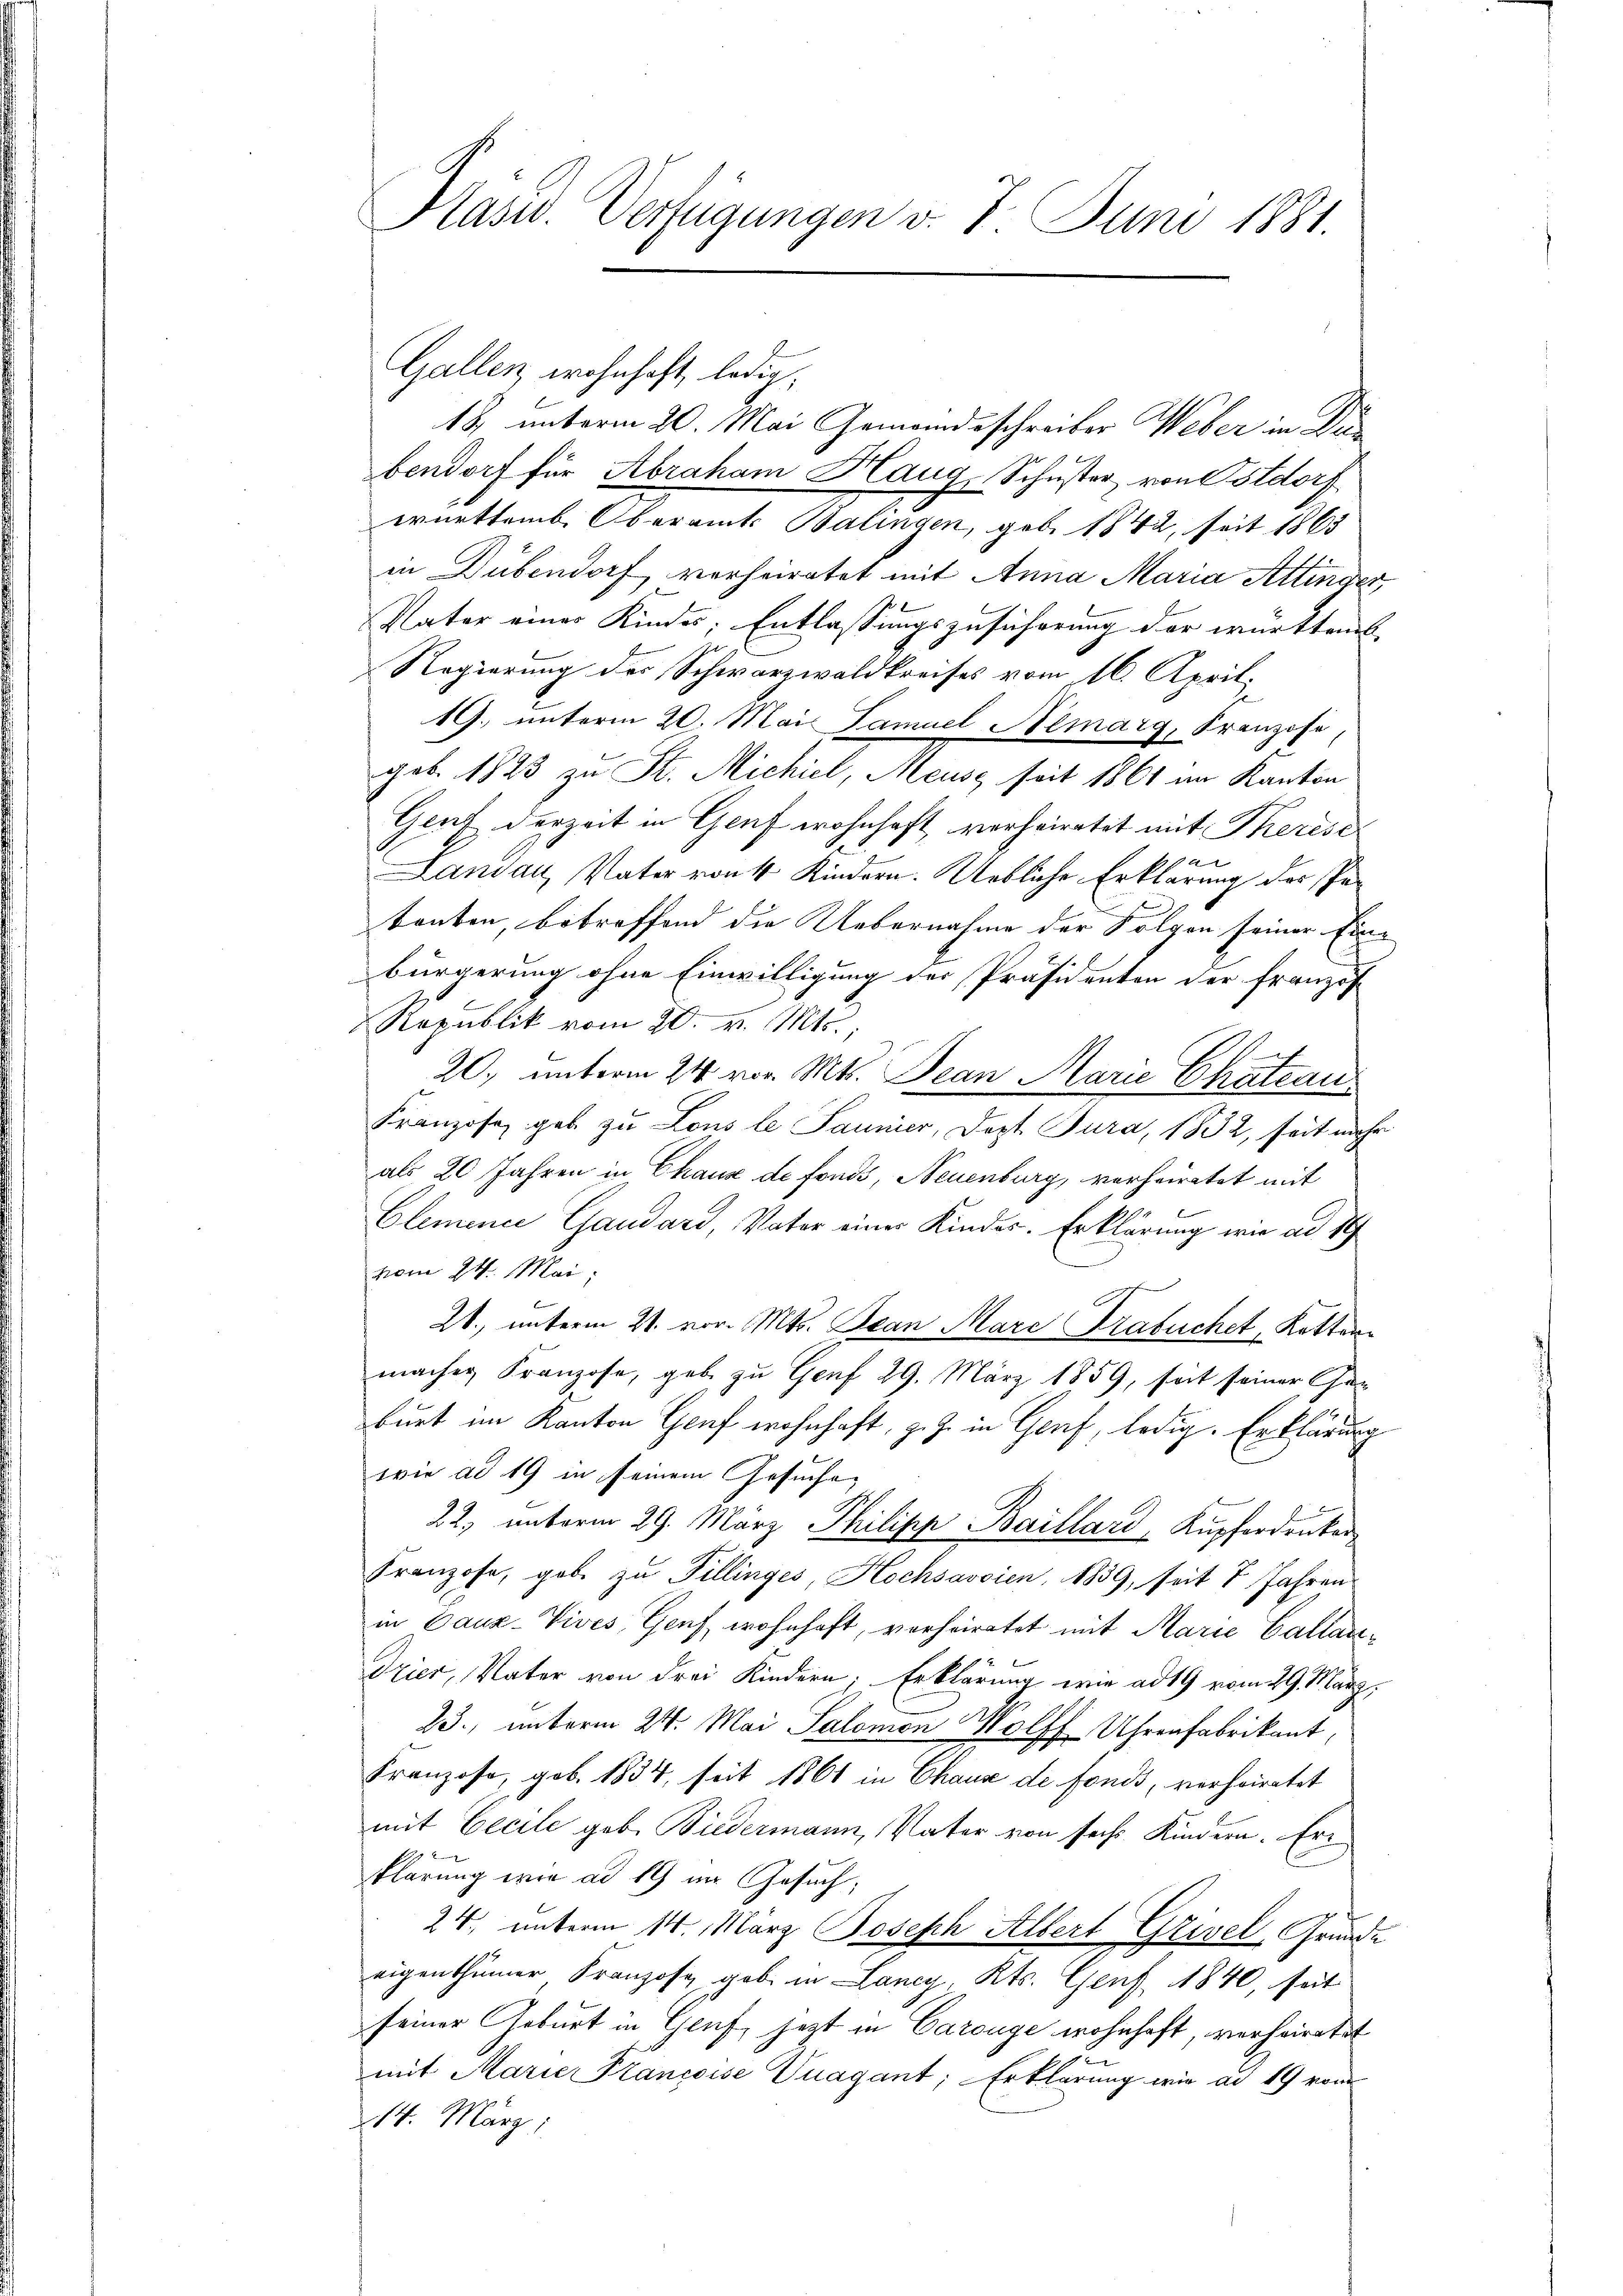
Gallen, wohnhaft, ledig,
18, unterm 20. Mai Gemeindeschreiber Weber in Dibendorf für Abraham Haug, Schuster von Ostdorf
württemb. Oberamt Balingen, geb. 1842, seit 1863
in Dübendorf verheiratet mit Anna Maria Attinger,
Vater eines Kinder; Entlassungszusicherung der würkten

Regierung des Schwarzwaldkreises vom 16. April.
19. unterm 20. Mai Samuel Nemarg, Franzose
geb. 1823 zu St. Michiel, Meusz seit 1861 an Kanton
Gruft derzeit in Genf wohnhaft verheiratet mit Therisc
Landau, Vater von 4 Kindern. Uebliche Erklärung des Patanten, betreffend die Uebernahme der Folgen seiner Eine
bürgerung ohne Einwilligung der Präsidenten der Französ
Republik vom 20. v. Mts.
20, unterm 24. vor. Mts. Jean Marie Chateau¬
Franzose, geb zu Lous le Jaunier, Dopt. Jura, 1832, seit mehr
als 20 Jahren in Chaux de fonds, Neuenburg, verheiratet mit
Clemence Gaudard, Vater einer Kindes. Erklärung wie ad 1
vom 24. Mai:
21. unterm 21. vor. Mts. Bean Mare Grabuchet, Kottan
machen Franzose, gebe zu Genf 29. März 1859, seit seiner Can
burt im Kanton Genf wohnhaft, z. Z. in Genf, ledig. Erklärung
wie ad 19 in seinem Gesuche
22, unterm 29. März Philipp Baillard, Kupferdruker
Franzose, gebe zu Tillinges, Hochsavoien, 1839, seit 7 Jahren
in Cauz-Vives, Genf wohnhaft, verheiratet mit Marie Callan¬
Drier, Vater von drei Kindern. Erklärung wie ad 19 vom 29. März.
23., unterm 24. Mai Salomon Wolff Uhrenfabrikant,
Franzose, geb. 1834, seit 1861 in Chaux de fonds, verheiratet
mit Cecile geb. Biedermann, Vater von sechs Kindern. Er
klärung wie ad 19 im Gesuch,
24. unterm 14. März Joseph Albert Grivel, Grunde
eigenthümer Franzose gebe in Lancy, Kts. Genf 1840, seit
seiner Geburt in Genf, jetzt in Carouge wohnhaft, verheiratet
mit Marie Prancoise Unagant; Erklärung wie ad 19 vom
14. März,

Käsid. Verfügungen v. 7. Juni 1881.